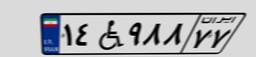
۱۴W۹۸۸۷۷